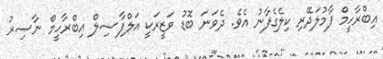
އިބްރާހީމް ފާމުލަދޭރި ކިލެގެފާނު އެވެ. ދެވަނަ ބޮޑު ވަޒީރަކީ އަލްފާޟިލް އިބްރާހީމް ނާޞިރު